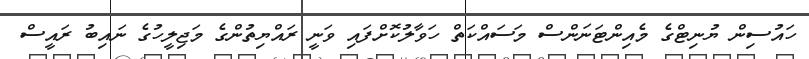
ހައުސިން ޔުނިޓްގެ މެއިންޓަނަންސް މަސައްކަތް ހަވާލުކޮށްފައި ވަނީ ރައްޔިތުންގެ މަޖިލީހުގެ ނައިބު ރައީސް